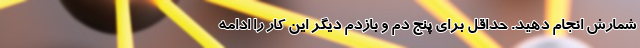
شمارش انجام دهید. حداقل برای پنج دم و بازدم دیگر این کار را ادامه